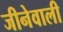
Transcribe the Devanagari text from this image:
जीनेवाली